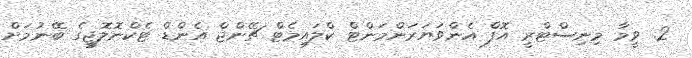
2. ވީމާ މިނިސްޓްރީ އޮފް އެންވަޔަރަންމަންޓް ކްލައިމެޓް ޗޭންޖް އެންޑް ޓެކްނޮލޮޖީގެ ބޭނުމަށް